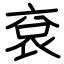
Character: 袞